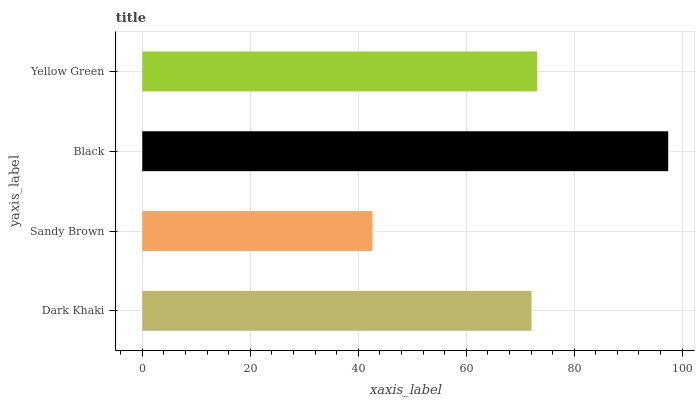
| yaxis_label | bars |
 | --- | --- |
 | Dark Khaki | 72.1 |
 | Sandy Brown | 42.6 |
 | Black | 97.4 |
 | Yellow Green | 73.2 |